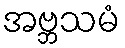
အဗ္ဘသမံ